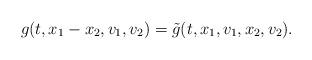
LaTeX: \begin{align*} g(t,x_{1}-x_{2},v_{1},v_{2})=\tilde{g}(t,x_{1},v_{1},x_{2},v_{2}).\end{align*}